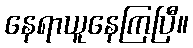
နေရာယူနေကြပြီ။